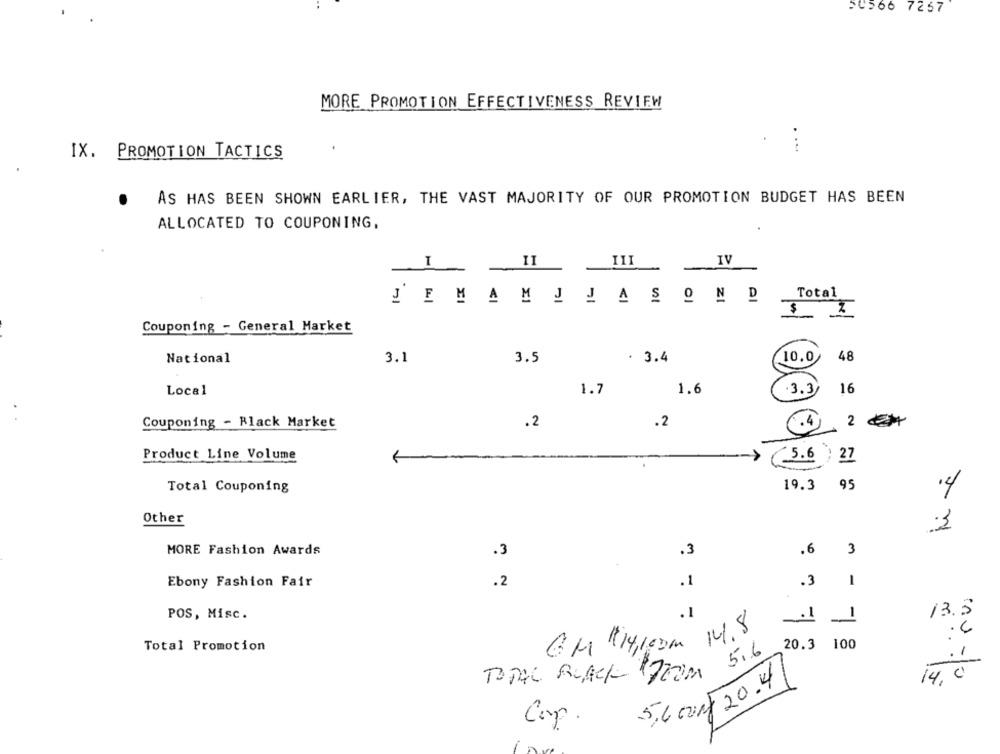
50566 7267
MORE PROMOTION EFFECTIVENESS REVIEW
....
IX. PROMOTION TACTICS
.
AS HAS BEEN SHOWN EARLIER, THE VAST MAJORITY OF OUR PROMOTION BUDGET HAS BEEN
ALLOCATED TO COUPONING,
I
II
IV
Total
JEMAMJJASOND
$
Couponing - General Market
National
3.1
3.5
. 3.4
10.0
48
Local
1.7
1.6
3.3
16
2
Couponing - Black Market
.2
.2
.4
Product Line Volume
5.6
27
Total Couponing
19.3
95
.4
Other
3
MORE Fashion Awards
.3
3
.3
.6
Ebony Fashion Fair
.2
.3
-
POS, Misc.
.1
13.5
14.8
..
Total Promotion
$14,100m
5.6
20.3 100
G.M
TOTAL BLACK POTOM
14,0
5,6 00rg 20.4
Cop.